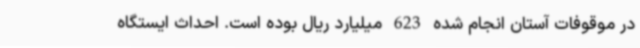
در موقوفات آستان انجام شده 623 میلیارد ریال بوده است. احداث ایستگاه